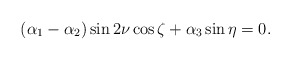
\begin{align*}(\alpha_1 - \alpha_2) \sin 2\nu \cos \zeta+\alpha_3 \sin \eta=0.\end{align*}